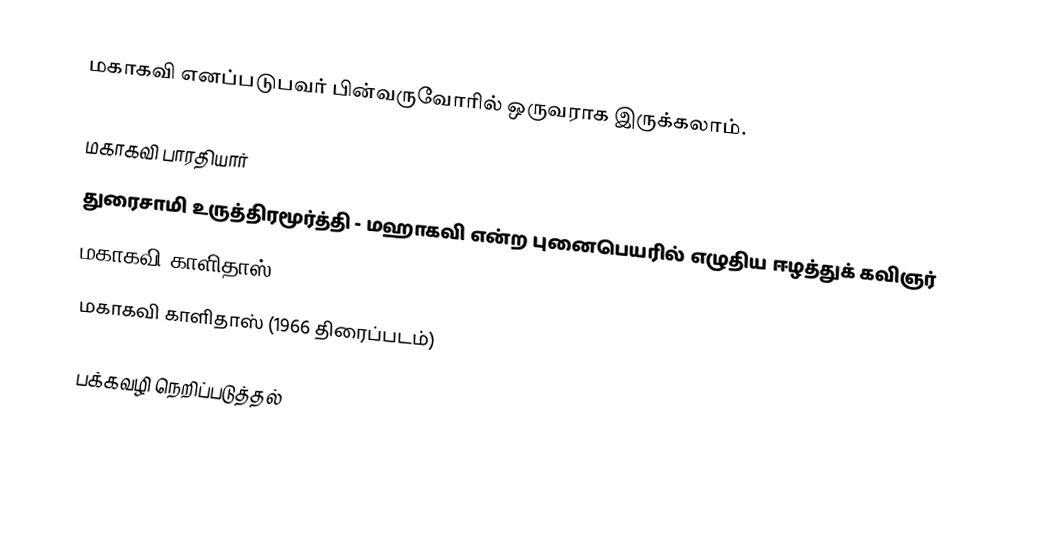
மகாகவி எனப்படுபவர் பின்வருவோரில் ஒருவராக இருக்கலாம்.

 மகாகவி பாரதியார்
 துரைசாமி உருத்திரமூர்த்தி - மஹாகவி என்ற புனைபெயரில் எழுதிய ஈழத்துக் கவிஞர்
 மகாகவி காளிதாஸ்
 மகாகவி காளிதாஸ் (1966 திரைப்படம்)

பக்கவழி நெறிப்படுத்தல்